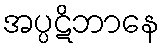
အပ္ပဋိဘာနေ